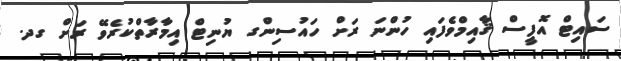
ސައިޓް އޮފީސް ޤާއިމްވެފައި ހުންނަ ރަށް ހައުސިންގ ޔުނިޓް އިމާރާތްކުރެވޭ ރަށް ގދ.